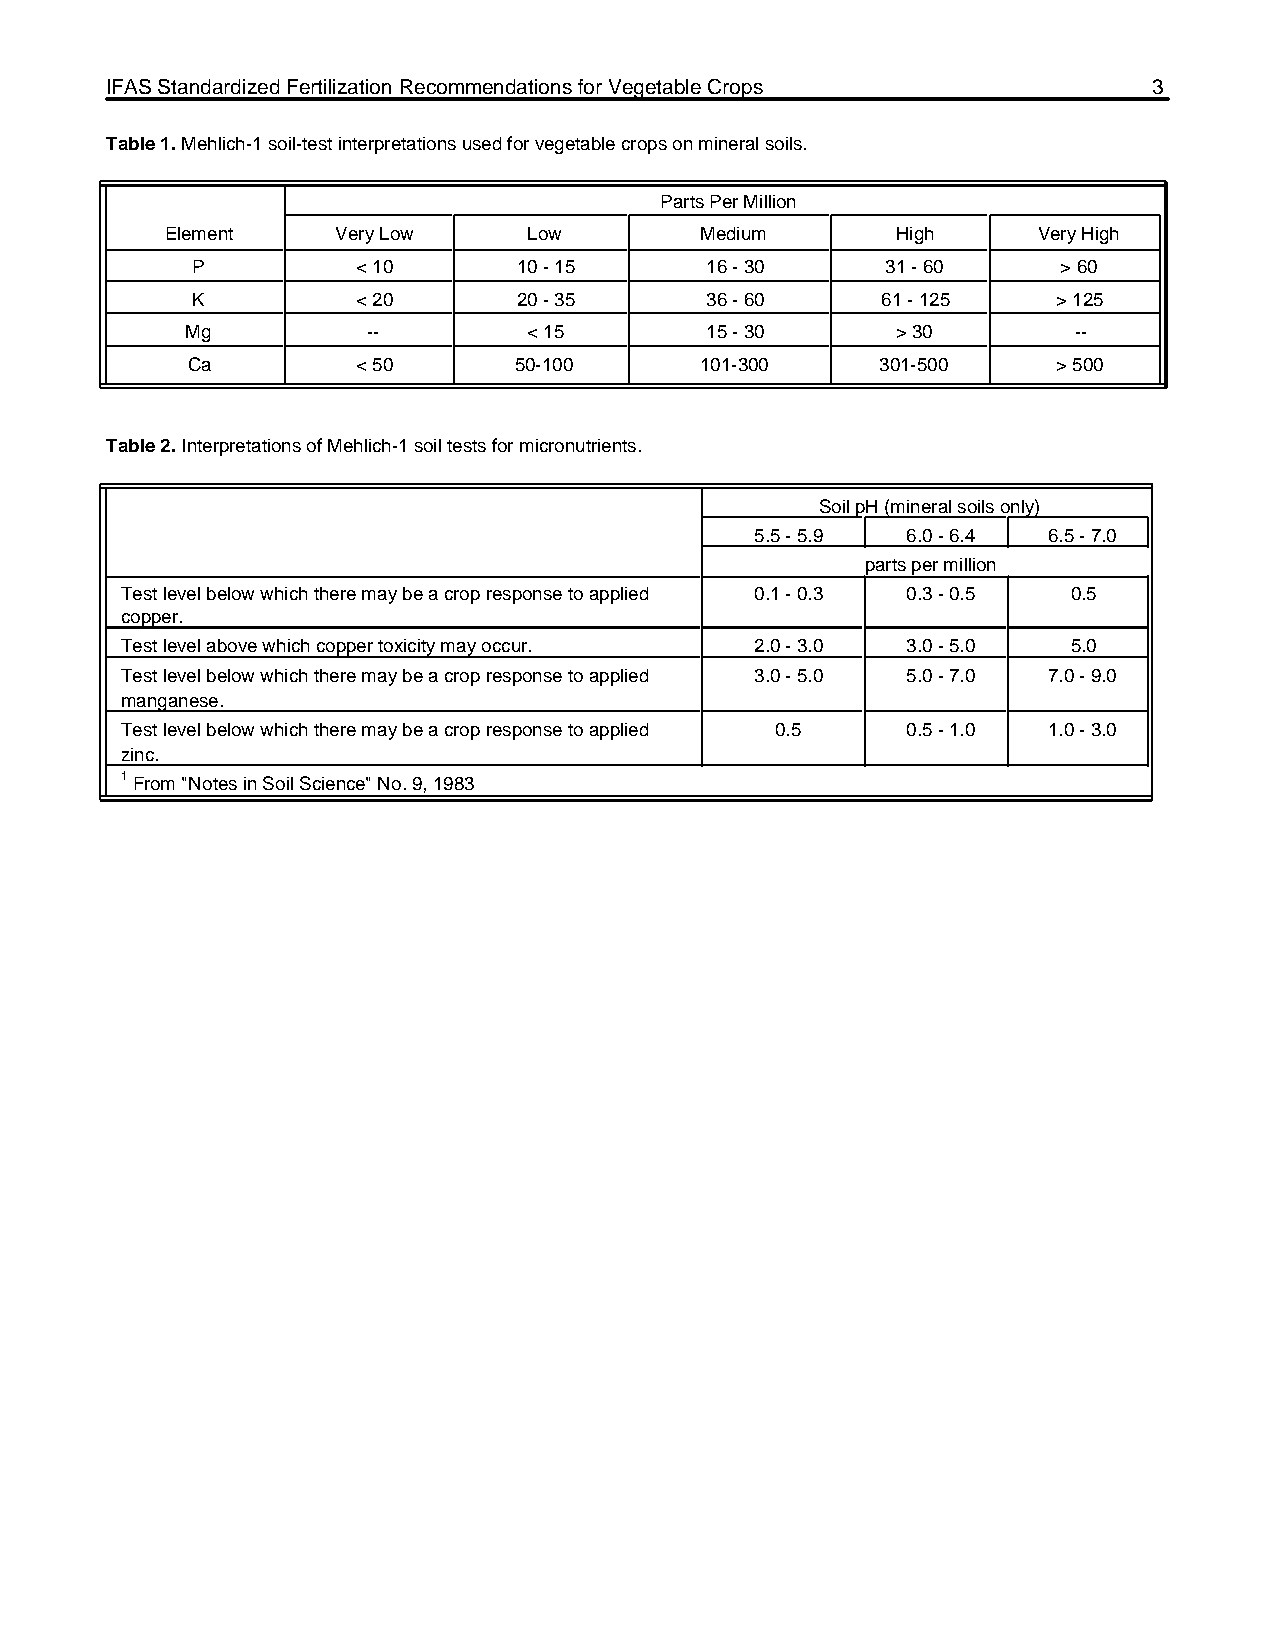
IFAS Standardized Fertilization Recommendations for Vegetable Crops  3
 Table 1. Mehlich-1 soil-test interpretations used for vegetable crops on mineral soils.
 Parts Per Million
 Element    Very Low     Low        Medium       High      Very High
 P          < 10      10 - 15      16 - 30     31 - 60    > 60
 K          < 20      20 - 35      36 - 60    61 - 125    > 125
 Mg          --         < 15        15 - 30     > 30        --
 Ca          < 50      50-100      101-300     301-500     > 500
 Table 2. Interpretations of Mehlich-1 soil tests for micronutrients.
 Soil pH (mineral soils only)
 5.5 - 5.9 6.0 - 6.4 6.5 - 7.0
 parts per million
 Test level below which there may be a crop response to applied 0.1 - 0.3 0.3 - 0.5 0.5
 copper.
 Test level above which copper toxicity may occur. 2.0 - 3.0 3.0 - 5.0 5.0
 Test level below which there may be a crop response to applied 3.0 - 5.0 5.0 - 7.0 7.0 - 9.0
 manganese.
 Test level below which there may be a crop response to applied 0.5 0.5 - 1.0 1.0 - 3.0
 zinc.
 1 From "Notes in Soil Science" No. 9, 1983